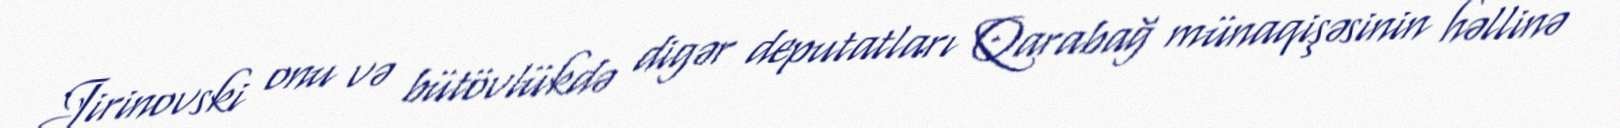
Jirinovski onu və bütövlükdə digər deputatları Qarabağ münaqişəsinin həllinə